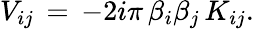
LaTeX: V_{ij}\, =\, -2i\pi\, \beta_{i}\beta_{j}\, K_{ij}.